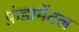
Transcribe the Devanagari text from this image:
फ़ंडामेंटल